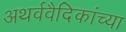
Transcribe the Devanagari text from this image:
अथर्ववैदिकांच्या